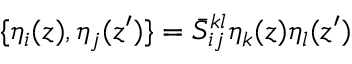
\{ \eta _ { i } ( z ) , \eta _ { j } ( z ^ { \prime } ) \} = \bar { S } _ { i j } ^ { k l } \eta _ { k } ( z ) \eta _ { l } ( z ^ { \prime } )